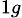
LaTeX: _{1g}